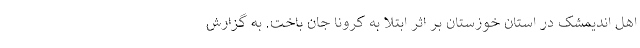
اهل اندیمشک در استان خوزستان بر اثر ابتلا به کرونا جان باخت. به گزارش